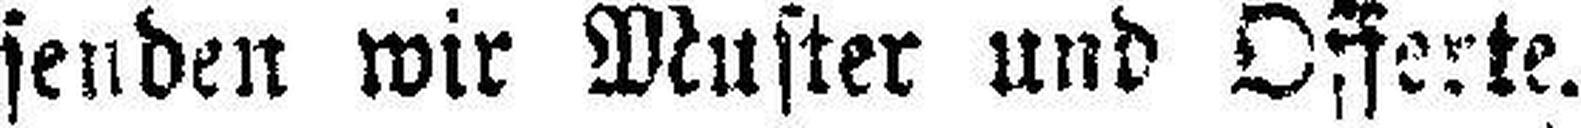
senden wir Muster und Offerte.